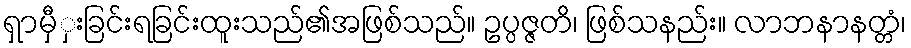
ရှာမှီှးခြင်းရခြင်းထူးသည်၏အဖြစ်သည်။ ဥပ္ပဇ္ဇတိ၊ ဖြစ်သနည်း။ လာဘနာနတ္တံ၊